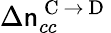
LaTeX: \Delta\mathsf{n}_{cc}^{\mathrm{{~C~}}\rightarrow\mathrm{{~D~}}}